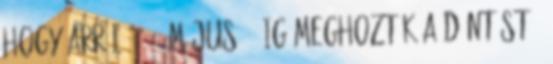
hogy arról 1997. május 31-ig meghozták a döntést ,